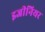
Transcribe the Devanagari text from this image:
इजीनियर